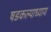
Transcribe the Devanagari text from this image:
षडकल्पाध्याय